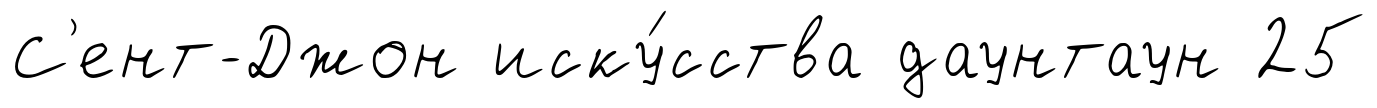
С'ент-Джон иску́сства даунтаун 25